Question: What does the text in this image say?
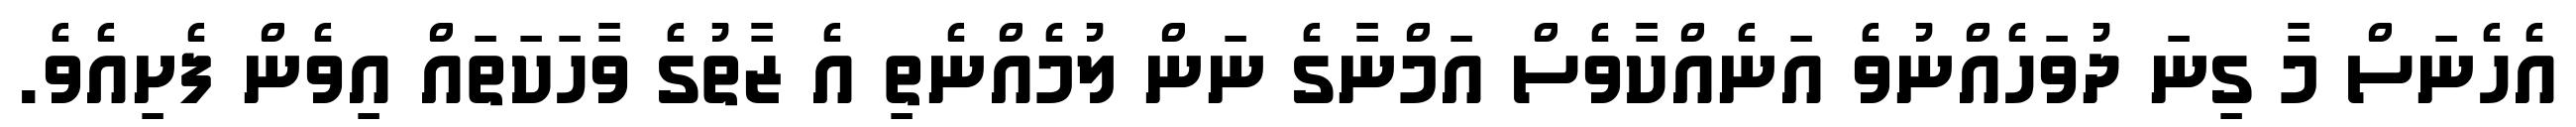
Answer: އެހެނަސް މާ ގިނަ ދުވަހެއްނުވެ އަނެއްކާވެސް އަމްނާގެ ނަން ލުމެއްނެތި އެ ޒާތުގެ ވާހަކަތައް އިވެން ފެށިއެވެ.